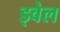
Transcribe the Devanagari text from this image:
ड्वेल